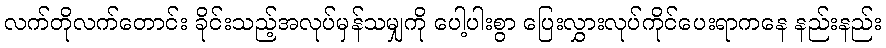
လက်တိုလက်တောင်း ခိုင်းသည့်အလုပ်မှန်သမျှကို ပေါ့ပါးစွာ ပြေးလွှားလုပ်ကိုင်ပေးရာကနေ နည်းနည်း